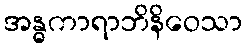
အန္ဓကာရာဘိနိဝေသာ